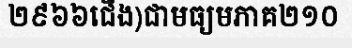
២៩៦៦ជើង)ជាមធ្យមភាគ២១០